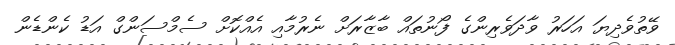
ވޭތުވެދިޔަ އަހަރު ވާދަވެރިންގެ ފޯނުތައް ބާޒާރަށް ނެރުމާއި އެއްކޮށް ސެމްސަންގް އަޑު ކެންޑެން